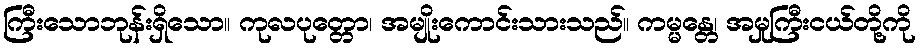
ကြီးသောဘုန်းရှိသော။ ကုလပုတ္တော၊ အမျိုးကောင်းသားသည်။ ကမ္မန္တေ၊ အမှုကြီးငယ်တို့ကို